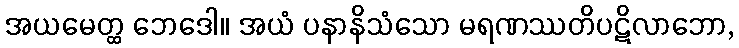
အယမေတ္ထ ဘေဒေါ။ အယံ ပနာနိသံသော မရဏဿတိပဋိလာဘော,